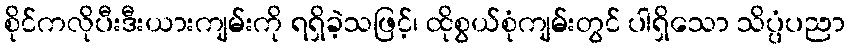
စိုင်ကလိုပီးဒီးယားကျမ်းကို ရရှိခဲ့သဖြင့်၊ ထိုစွယ်စုံကျမ်းတွင် ပါရှိသော သိပ္ပံပညာ